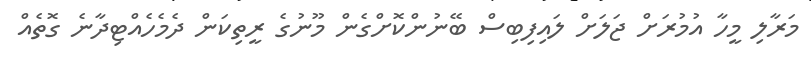
މަރާލި މީހާ އުމުރަށް ޖަލަށް ލައިފިބިސް ބޭނުންކޮށްގެން މޫނުގެ ރީތިކަން ދެމެހެއްޓިދާނެ ގޮތެއް